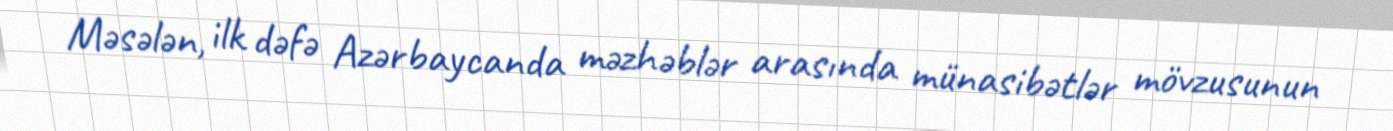
Məsələn, ilk dəfə Azərbaycanda məzhəblər arasında münasibətlər mövzusunun